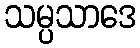
သမ္ပသာဒေ